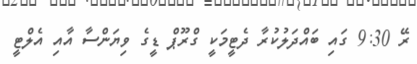
ރޭ 9:30 ގައި ބައްދަލުކުރާ ދެޓީމަކީ ގްރޫޕް ޑީގެ ވިޔަންސާ އާއި އެލްޓީ